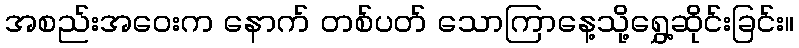
အစည်းအဝေးက နောက် တစ်ပတ် သောကြာနေ့သို့ရွှေ့ဆိုင်းခြင်း။